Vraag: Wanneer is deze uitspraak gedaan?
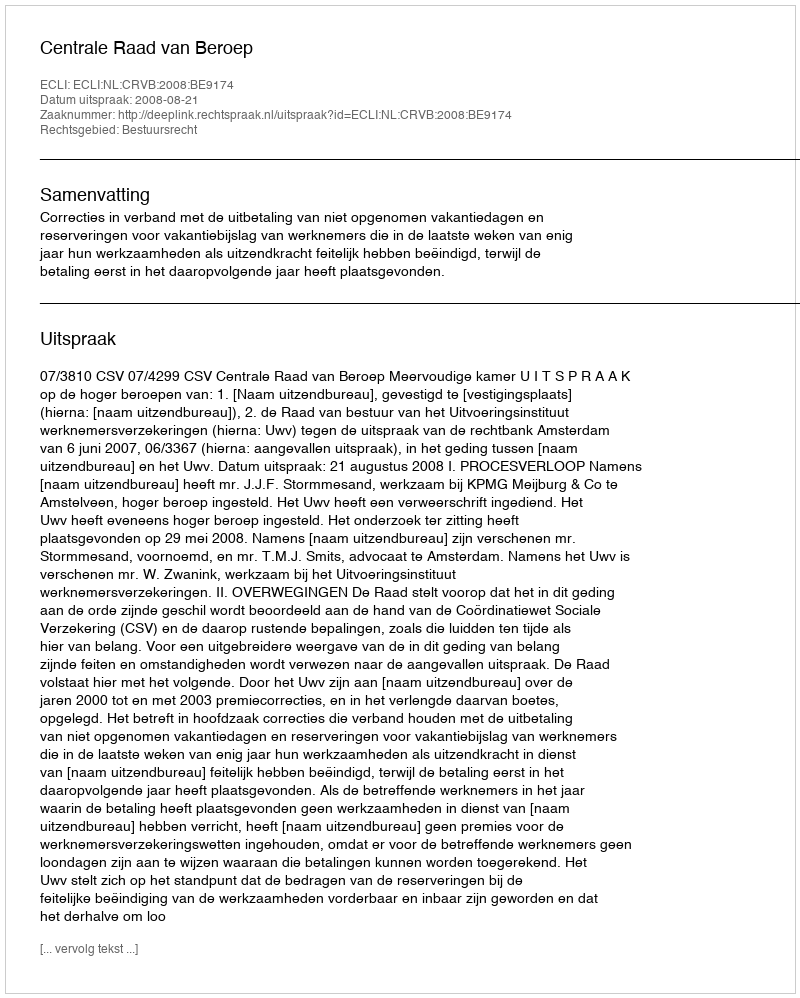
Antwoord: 2008-08-21